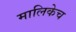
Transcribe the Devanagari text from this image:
मालिकेच